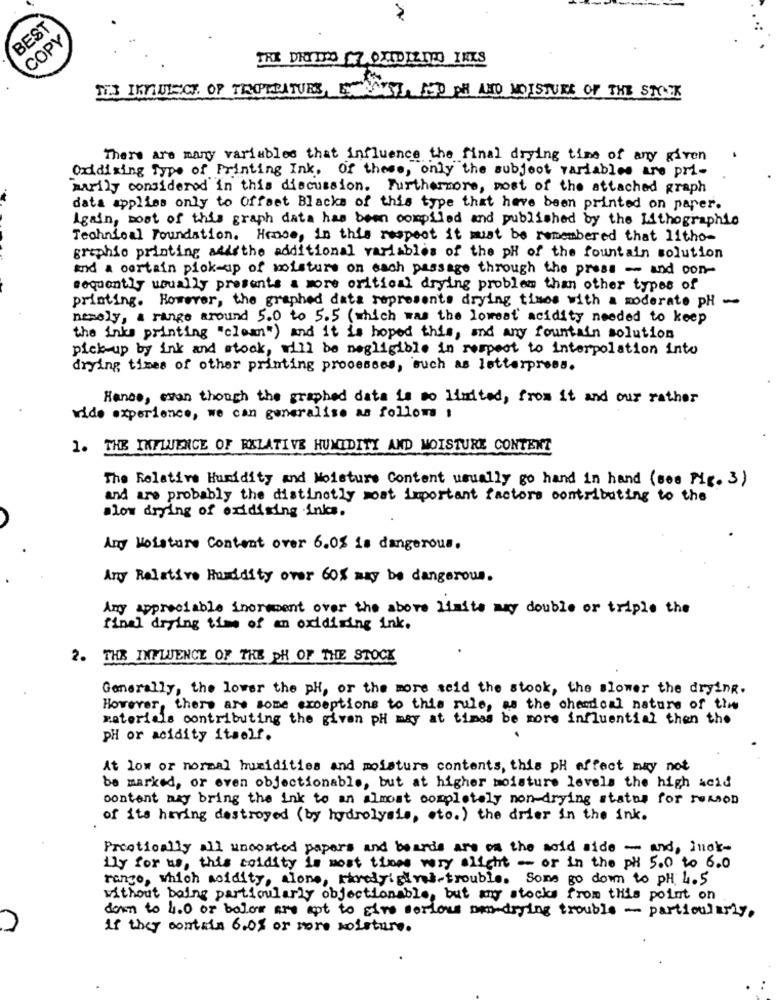
N
BEST
COPY
TRE DRITTO 7 OXIDIZECO IELS
TIS INJECT OF TEPIRATES, ETANST HO TH AND MOISTURE OF THE STOCK
There are many variables that influence the final drying time of any given
Orddizing Type of Printing Ink. of these, only the subject variables are pri-
arily considered in this discussion. Furthermore, most of the attached graph
data applies only to Offset Blacks of this type that have been printed on paper.
Again, most of this graph data has been compiled and published by the Lithographie
Technical Foundation. Hemse, in this respect it must be remembered that litho-
graphie printing addsthe additional variables of the pH of the fountain solution
And a certain pick-up of moisture on each passage through the press - and con-
sequently usually presents a more oritical drying problem than other types of
printing. However, the graphed data represents drying times with a moderate pH -
nemely, a range around 5.0 to 5.5 (which was the lowest acidity needed to keep
the inks printing "clean") and it is hoped this, and any fountain solution
pick-up by ink and stock, will be negligible in respect to interpolation into
drying times of other printing processes, such as letterpress.
Hence, even though the graphed data is so limited, from it and our rather
vide experience, we can generalise as follows ,
1. THE INFLUENCE OF RELATIVE HUMIDITY AND MOISTURE CONTENT
The Relative Humidity and Moisture Content usually go hand in hand (see Fig. 3)
and are probably the distinctly most important factors contributing to the
.low drying of oxidising inks.
Any Moisture Content over 6.0% is dangerous.
Any Relative Humidity over 60% may be dangerous.
Any appreciable inorment over the above limite may double or triple the
final drying time of an oxidizing ink.
2. THE INFLUENCE OF THE DH OF THE STOCK
Generally, the lower the pH, or the more seid the stock, the slower the drying.
However, there are some exceptions to this rule, as the chemical nature of tim
materials contributing the given pH may at times be more influential then the
pH or acidity itself.
At low or normal humidities and moisture contents, this ph effect may not
be marked, or even objectionable, but at higher moisture levels the high weid
content may bring the ink to an almost completely non-drying status for remon
of its hering destroyed (by hydrolysis, sto.) the drier in the ink.
Prestically all uncoated papers and beards are on the wold side - and, inck-
ily for us, this coldity is most times very light - or in the PH 5.0 to 6.0
rango, which acidity, alone, rarelyigines-trouble. Sons go down to PH 4.5
without being particularly objectionable, but my stocks from this point on
down to 4.0 or below are ept to give serious pro-drying trouble - particularly.
if they contain 6.0% or more moisture.